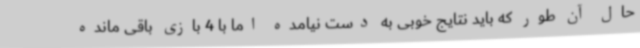
حال آن طور که باید نتایج خوبی به دست نیامده اما با 4 بازی باقی مانده